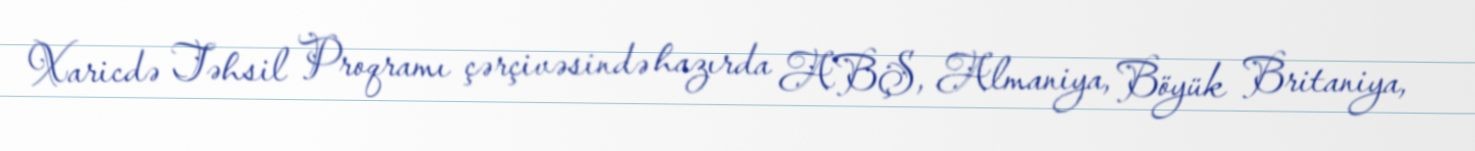
Xaricdə Təhsil Proqramı çərçivəsində hazırda ABŞ, Almaniya, Böyük Britaniya,